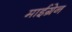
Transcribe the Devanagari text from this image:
माईग्रेन